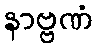
နာဗ္ဗဏံ